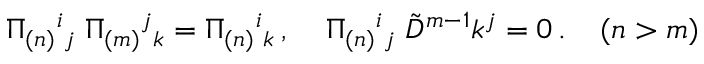
\Pi _ { ( n ) } { } ^ { i } { } _ { j } \; \Pi _ { ( m ) } { } ^ { j } { } _ { k } = \Pi _ { ( n ) } { } ^ { i } { } _ { k } \, , \; \; \; \; \Pi _ { ( n ) } { } ^ { i } { } _ { j } \; \tilde { D } ^ { m - 1 } k ^ { j } = 0 \, . \; \; \; \; ( n > m )